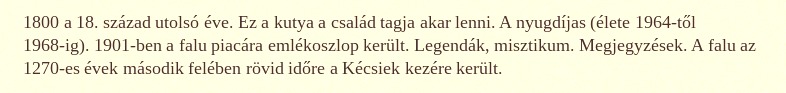
1800 a 18. század utolsó éve. Ez a kutya a család tagja akar lenni. A nyugdíjas (élete 1964-től 1968-ig). 1901-ben a falu piacára emlékoszlop került. Legendák, misztikum. Megjegyzések. A falu az 1270-es évek második felében rövid időre a Kécsiek kezére került.